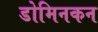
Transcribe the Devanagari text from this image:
डोमिनकन